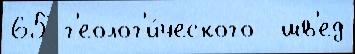
65 г'еолог'и́ческого  шв'ед